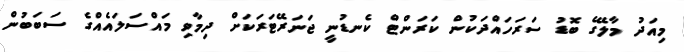
މިއަދު މާލޭގެ ބޮޑު ސަރަހައްދަކުން ކަރަންޓް ކެނޑުނީ ޖަނަރޭޓަރަކަށް ދިމާވި މައްސަލައެއްގެ ސަބަބުން